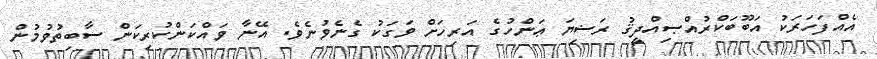
އެއްފަހަރަކު އަބޫބަކްރުއްޞިއްދީޤު ރަޟިޔަ ޢަންހުގެ އަރިހަށް ވަގަކު ގެނެވުނެވެ. އޭނާ ވައްކަންކުރިކަން ސާބިތުވުމުން